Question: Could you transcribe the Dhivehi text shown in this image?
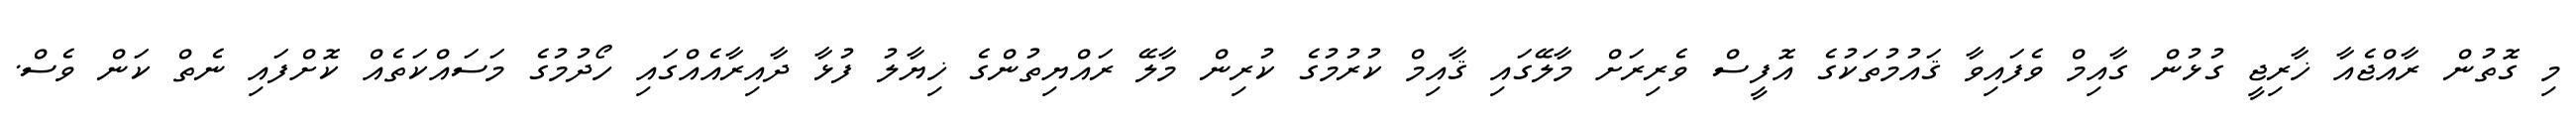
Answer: މި ގޮތުން ރާއްޖެއާ ޚާރިޖީ ގުޅުން ގާއިމް ވެފައިވާ ޤައުމުތަކުގެ އޮފީސް ވެރިރަށް މާލޭގައި ޤާއިމް ކުރުމުގެ ކުރިން މާލޭ ރައްޔިތުންގެ ޚިޔާލު ފުޅާ ދާއިރާއެއްގައި ހޯދުމުގެ މަސައްކަތެއް ކޮށްފައި ނެތް ކަން ވެސް.